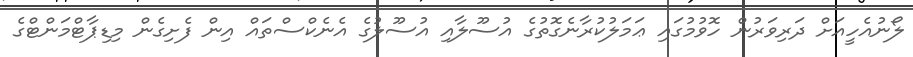
ލޯނުއެހީއަށް ދަރިވަރުން ހޮވުމުގައި ޢަމަލުކުރާނެގޮތުގެ އުސޫލާއި އުސޫލުގެ އެނެކްސްތައް އިން ފެށިގެން މިޑިޕާޓްމަންޓްގެ